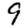
Digit: 9